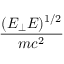
\frac { ( E _ { \perp } E ) ^ { 1 / 2 } } { m c ^ { 2 } }